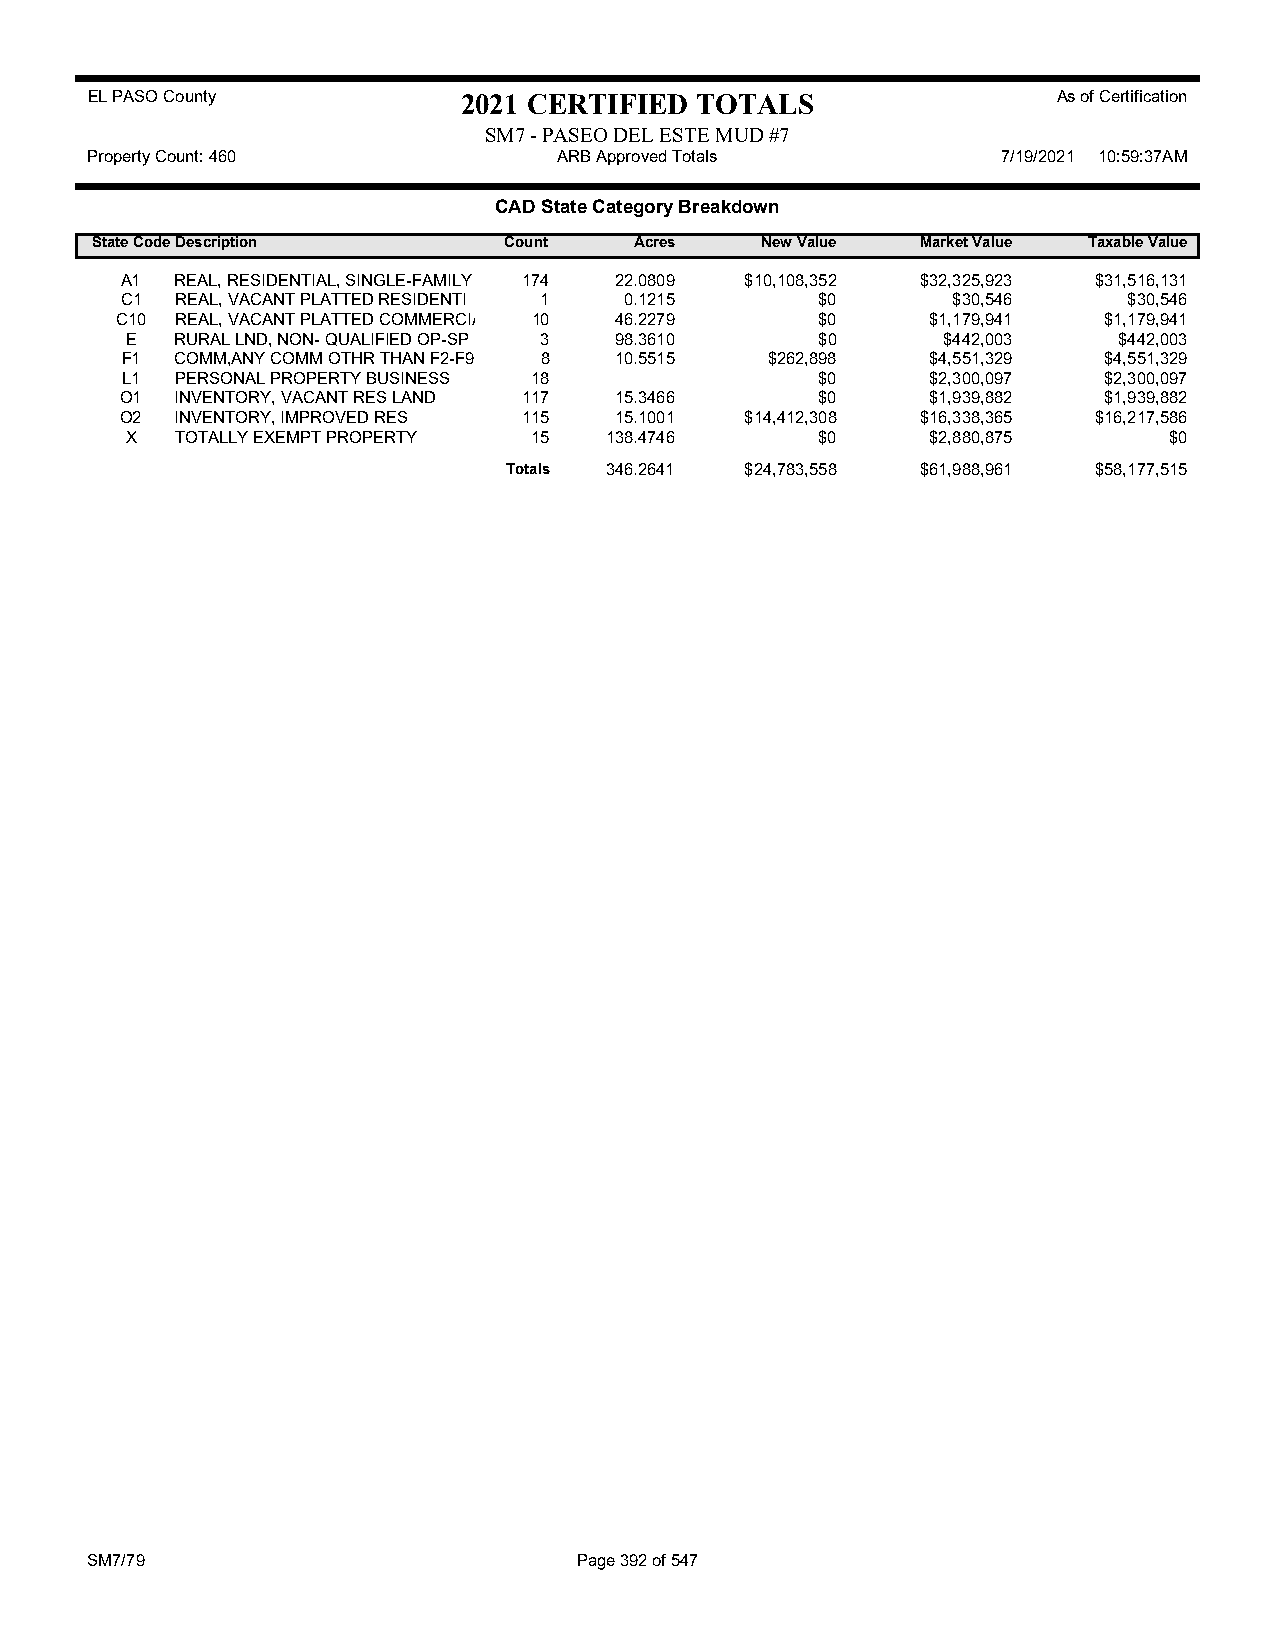
EL PASO County           2021 CERTIFIED TOTALS                  As of Certification
 SM7 - PASEO DEL ESTE MUD #7
 Property Count: 460            ARB Approved Totals          7/19/2021 10:59:37AM
 CAD State Category Breakdown
 State CodeDescription      Count    Acres   New Value  Market Value Taxable Value
 A1  REAL, RESIDENTIAL, SINGLE-FAMILY 174 22.0809 $10,108,352 $32,325,923 $31,516,131
 C1  REAL, VACANT PLATTED RESIDENTI 1 0.1215   $0       $30,546     $30,546
 C10 REAL, VACANT PLATTED COMMERCIA 10 46.2279 $0      $1,179,941 $1,179,941
 E   RURAL LND, NON- QUALIFIED OP-SP 3 98.3610 $0      $442,003    $442,003
 F1  COMM,ANY COMM OTHR THAN F2-F9 8 10.5515 $262,898  $4,551,329 $4,551,329
 L1  PERSONAL PROPERTY BUSINESS 18             $0      $2,300,097 $2,300,097
 O1  INVENTORY, VACANT RES LAND 117 15.3466    $0      $1,939,882 $1,939,882
 O2  INVENTORY, IMPROVED RES 115  15.1001 $14,412,308 $16,338,365 $16,217,586
 X   TOTALLY EXEMPT PROPERTY 15  138.4746      $0      $2,880,875     $0
 Totals 346.2641 $24,783,558 $61,988,961 $58,177,515
 SM7/79                          Page 392 of 547